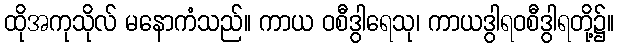
ထိုအကုသိုလ် မနောကံသည်။ ကာယ ဝစီဒွါရေသု၊ ကာယဒွါရဝစီဒွါရတို့၌။